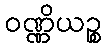
ဝဏ္ဏိယဉ္စ